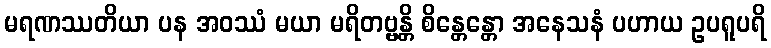
မရဏဿတိယာ ပန အဝဿံ မယာ မရိတဗ္ဗန္တိ စိန္တေန္တော အနေသနံ ပဟာယ ဥပရူပရိ